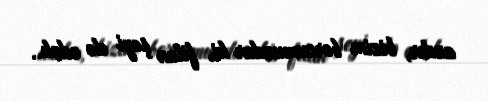
azdır, bizim borcumuzdur ki, filan şeyi də edək..